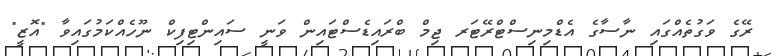
ރޭގެ ވަގުތެއްގައި ނާސާގެ އެޑްމިނިސްޓްރޭޓަރ ޖިމް ބްރައިޑެސްޓައިން ވަނީ ސައިންޓިފިކް ނޫހެއްކަމުގައިވާ "އޮޒީ"